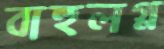
বাহুলগ্ন